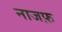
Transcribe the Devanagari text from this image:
नाजफ़